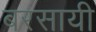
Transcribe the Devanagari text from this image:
बरसायी